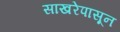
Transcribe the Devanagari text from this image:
साखरेपासून